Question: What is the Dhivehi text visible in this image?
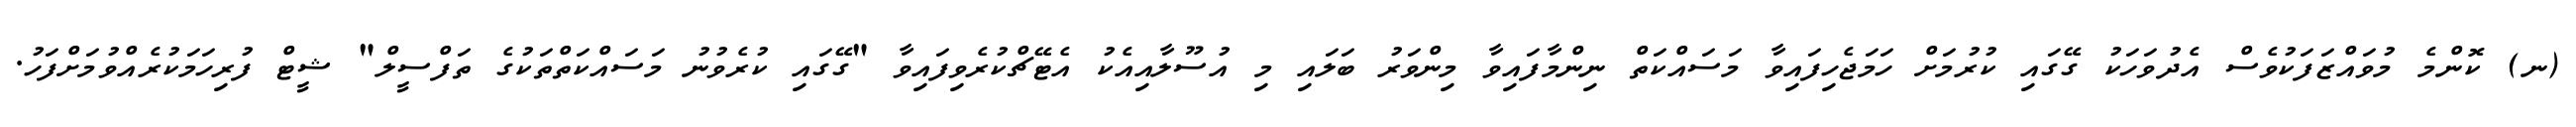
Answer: (ނ) ކޮންމެ މުވައްޒަފަކުވެސް އެދުވަހަކު ގޭގައި ކުރުމަށް ހަމަޖެހިފައިވާ މަސައްކަތް ނިންމާފައިވާ މިންވަރު ބަލައި މި އުސޫލާއިއެކު އެޓޭޗްކުރެވިފައިވާ "ގޭގައި ކުރެވުނު މަސައްކަތްތަކުގެ ތަފްސީލް" ޝީޓް ފުރިހަމަކުރެއްވުމަށްފަހު.